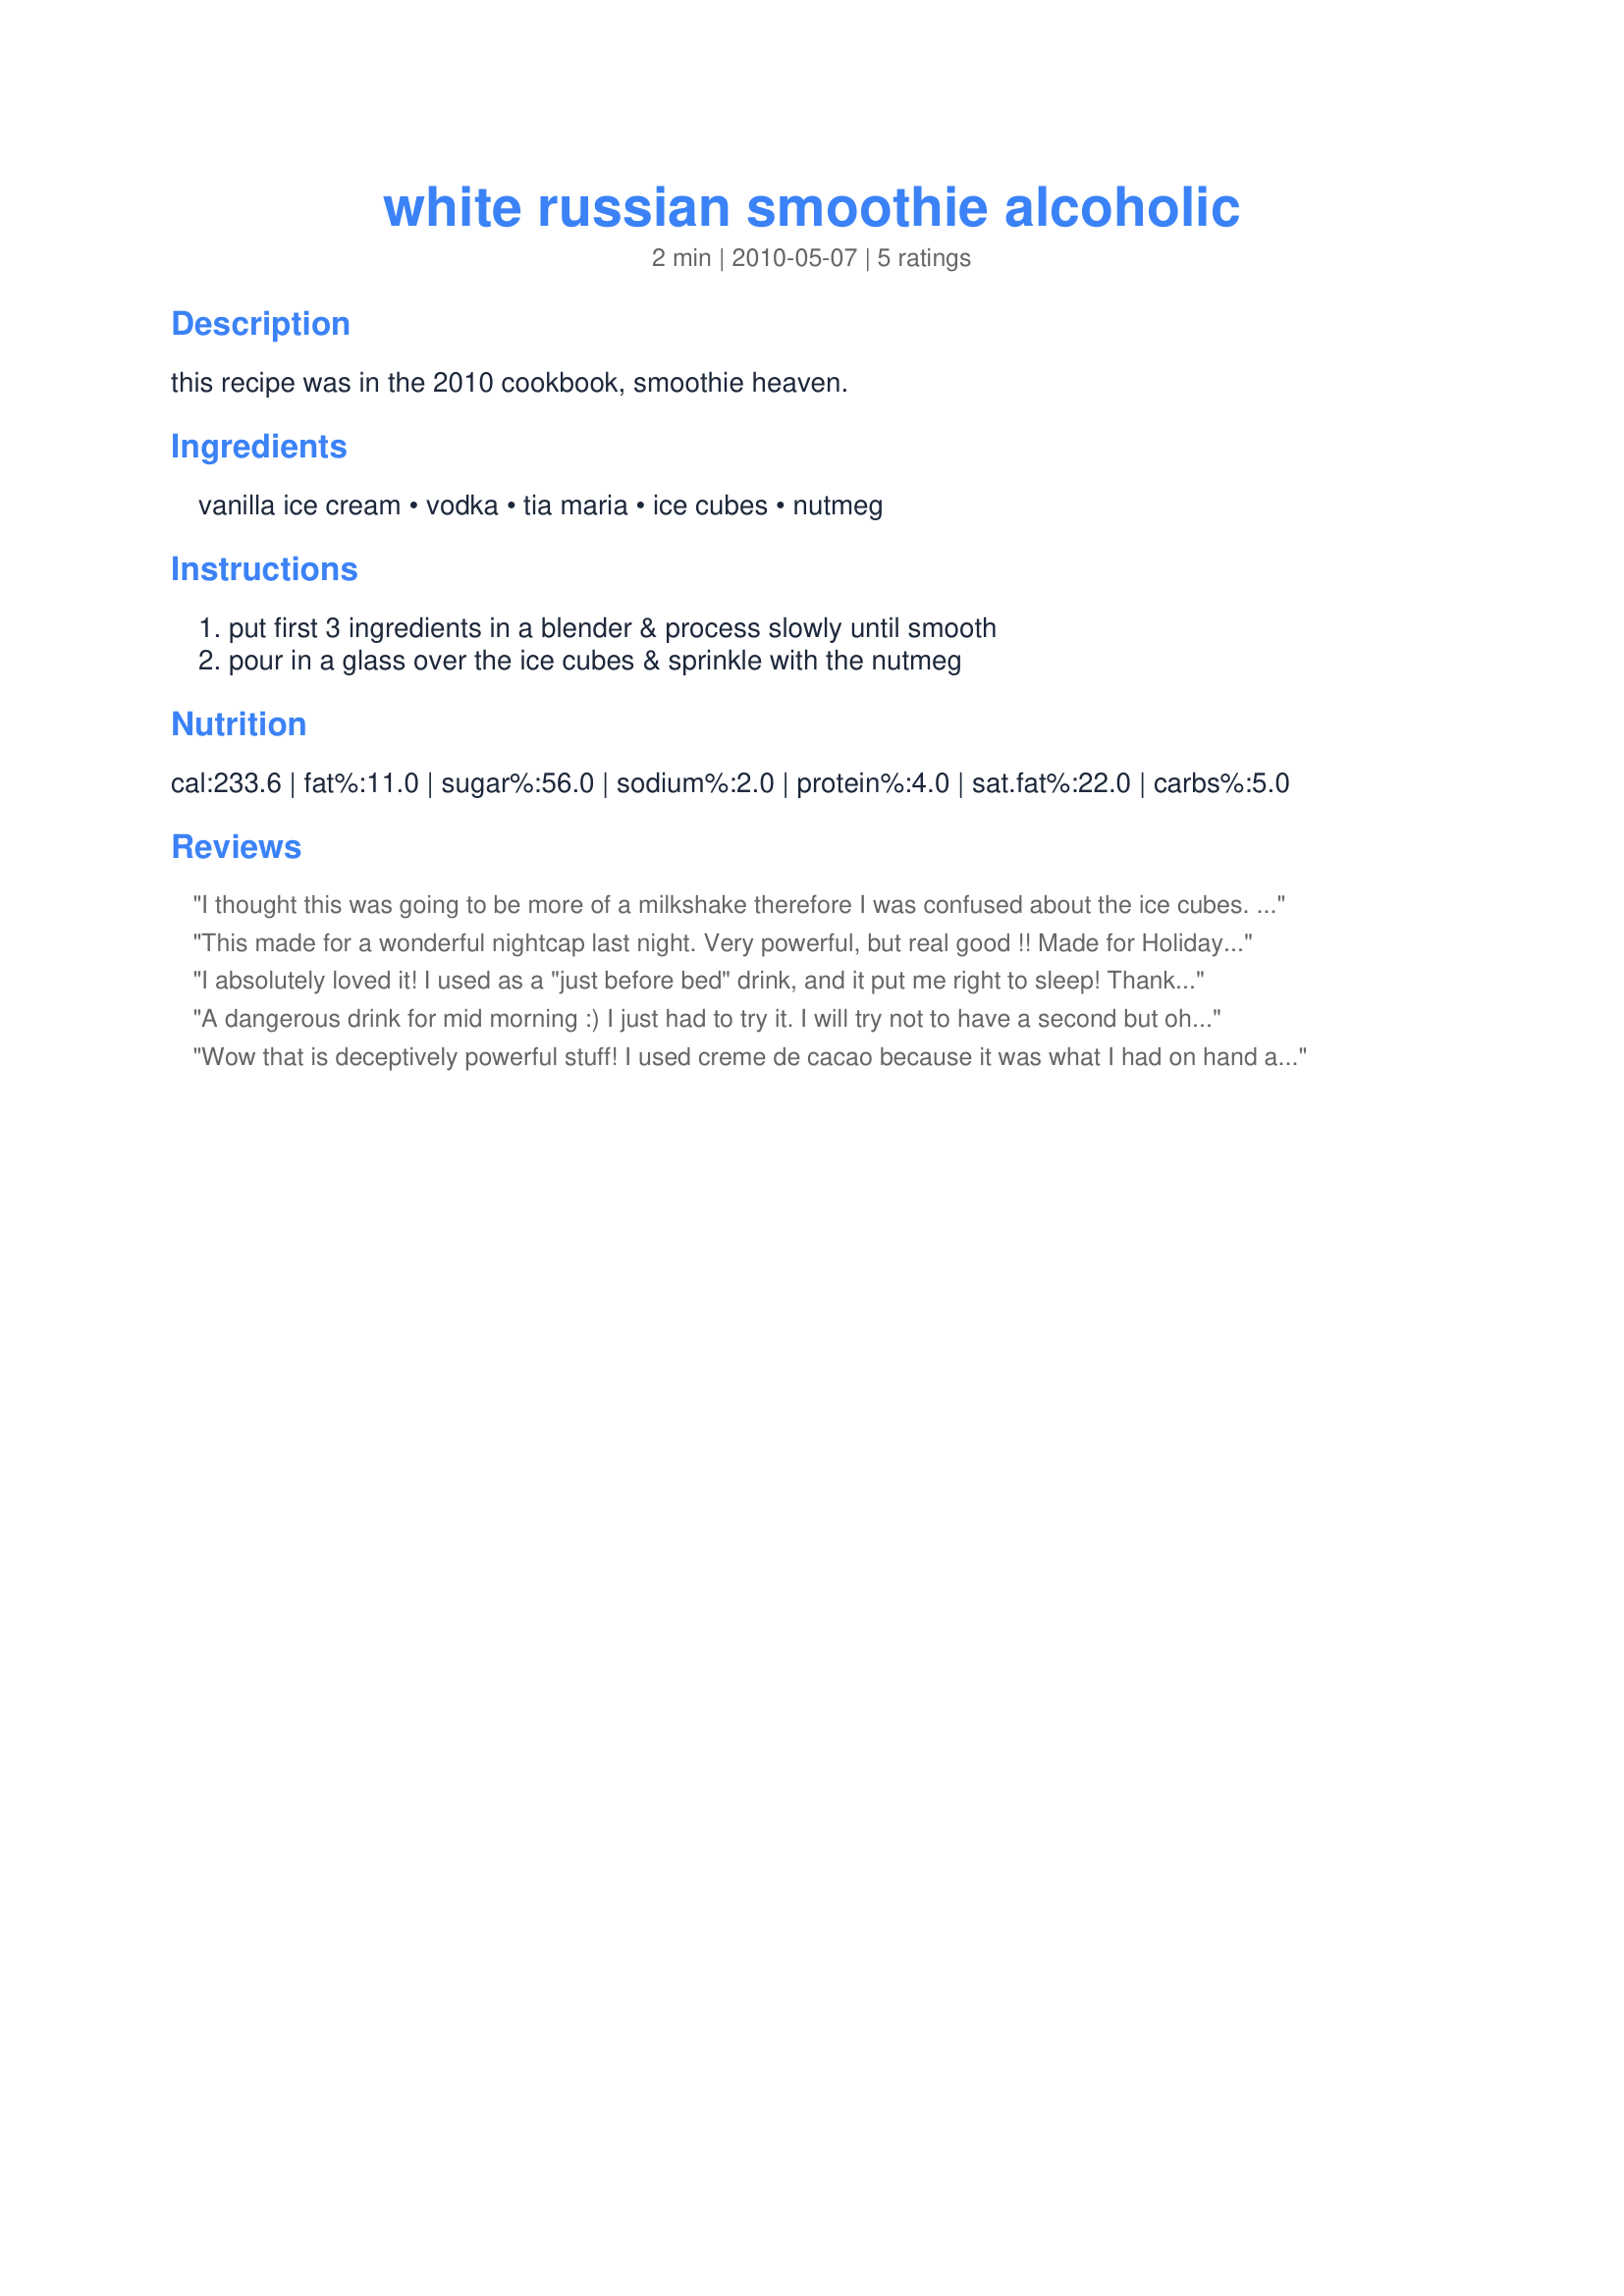
white russian smoothie alcoholic
Preparation time: 2 minutes

this recipe was in the 2010 cookbook, smoothie heaven.

Ingredients:
vanilla ice cream, vodka, tia maria, ice cubes, nutmeg

Steps:
put first 3 ingredients in a blender & process slowly until smooth, pour in a glass over the ice cubes & sprinkle with the nutmeg

Reviews:
I thought this was going to be more of a milkshake therefore I was confused about the ice cubes. Made it just as directed and this was a wonderful drink (the amount of alcohol makes this a drink that needs to be served over ice). I used Starbucks Vanilla Bean Frappicino ice cream and loved the nutmeg grated on top. Made for Newest Zaar Tag.
This made for a wonderful nightcap last night. Very powerful, but real good !! Made for Holiday tag.
I absolutely loved it! I used as a "just before bed" drink, and it put me right to sleep! Thanks for sharing!
A dangerous drink for mid morning :) I just had to try it. I will try not to have a second but oh so good.
Wow that is deceptively powerful stuff! I used creme de cacao because it was what I had on hand and not even the best quality vanilla ice cream and it still tasted great. It has been so hot today in London that it was just what was needed. A few more of these though and I am not sure if I would be standing up straight! Made for Vegetarian swap.
